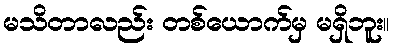
မသိတာလည်း တစ်ယောက်မှ မရှိဘူး။